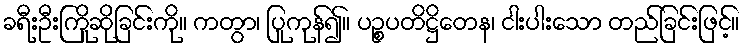
ခရီးဦးကြိုဆိုခြင်းကို။ ကတွာ၊ ပြုကုန်၍။ ပဉ္စပတိဋ္ဌိတေန၊ ငါးပါးသော တည်ခြင်းဖြင့်။